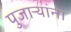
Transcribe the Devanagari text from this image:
पुजाऱ्यांना